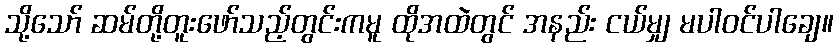
သို့သော် ဆမ်တို့တူးဖော်သည့်တွင်းကမူ ထိုအထဲတွင် အနည်း ငယ်မျှ မပါဝင်ပါချေ။